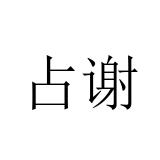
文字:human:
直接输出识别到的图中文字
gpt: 占谢